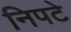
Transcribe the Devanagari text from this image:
निपटे